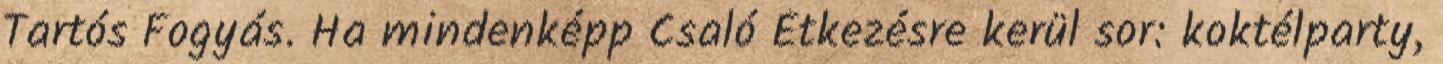
Tartós Fogyás. Ha mindenképp Csaló Étkezésre kerül sor: koktélparty,